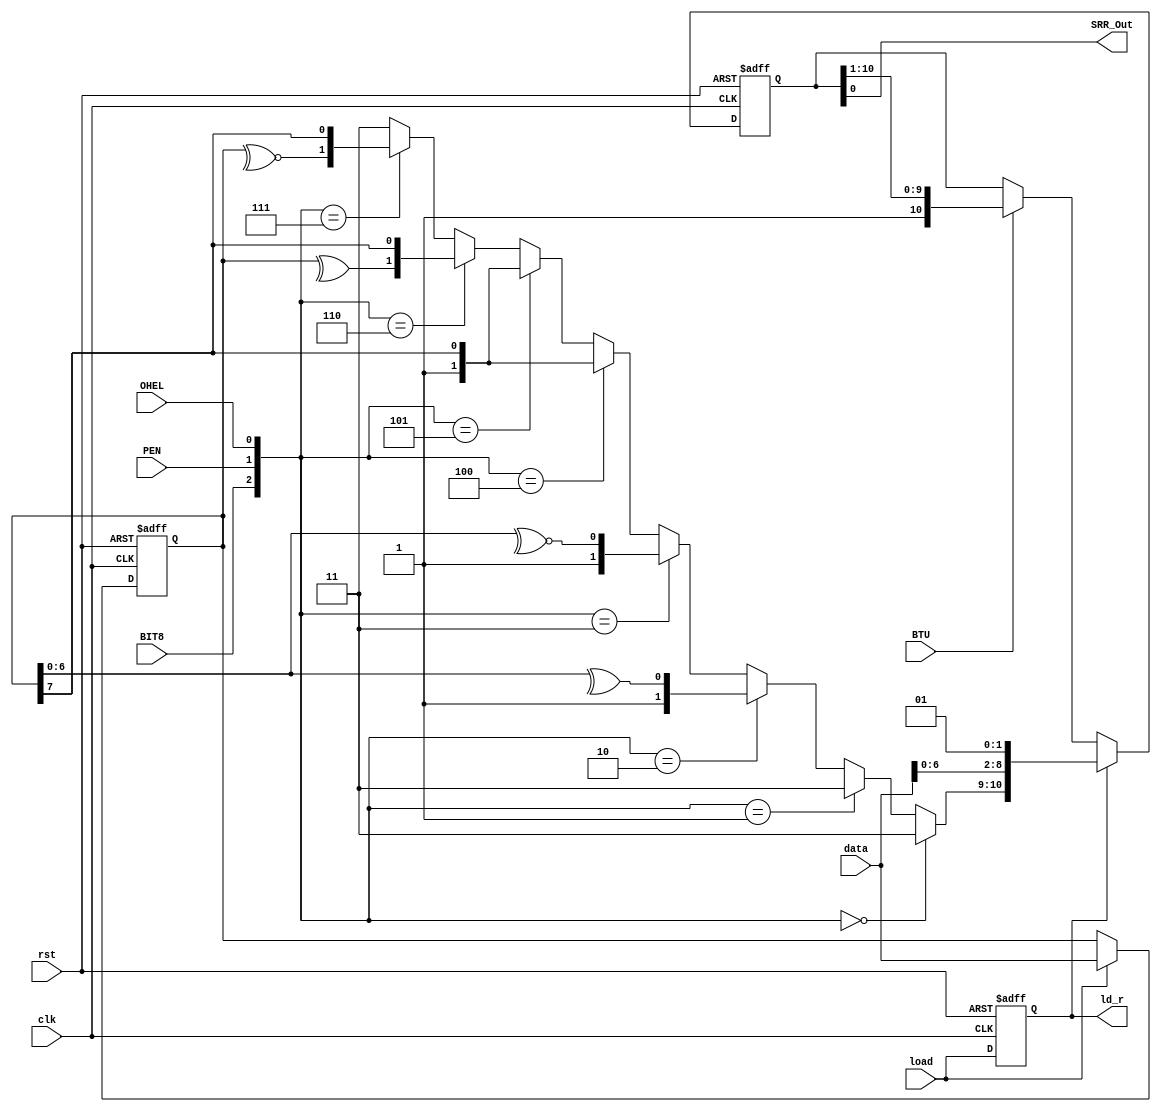
`timescale 1ns / 1ps
//****************************************************************//
//  This document contains information proprietary to the         //
//  CSULB student that created the file - any reuse without       //
//  adequate approval and documentation is prohibited             //
//                                                                //
//  Class: CECS 460												            //
//  Project name: LAB 2												         //
//                                                                //
//  Created by Harrison Fitch on 10/8/17.                         //
//  Copyright  2017 Harrison Fitch. All rights reserved.         //
//                                                                //
//  Abstract: Shift Register file for Transmit Engine. Contains 	//
//  the Shift Register, Load Register, and Data Register used in  //
//	 the transmitter. If load, the data being transmitted is loaded//
//	 into the shift register. In addition the configuration bits	//
//	 are used to create the 2-msb's and concatenated to the data.	//
//	 the sequence 2'b01 is concatenated to the LSB, creating the 	//
//	 transmitted data sequence.												//
//																						//
//  Edit history: 								 								//
//                                                                //
//  In submitting this file for class work at CSULB               //
//  I am confirming that this is my work and the work             //
//  of no one else.                                               //
//                                                                //
//  In the event other code sources are utilized I will           //
//  document which portion of code and who is the author          //
//                                                                //
// In submitting this code I acknowledge that plagiarism          //
// in student project work is subject to dismissal from the class //
//****************************************************************//
module TX_Shift_Reg(clk, rst, load, data, BTU, PEN, OHEL, BIT8, SRR_Out, ld_r);
	input			clk, rst, load, BTU, PEN, OHEL, BIT8;
	input	[7:0]	data;
	output		SRR_Out;
	output reg  ld_r;
	
	reg [7:0]	data_r;
	reg [10:0]	SRR;
	
	wire	[1:0]	fx;
	
	//MSB data assignment based on configuration bits BIT8, OHEL, and PEN
	assign fx =	({BIT8, PEN, OHEL} == 3'd0)	?					2'b11:
					({BIT8, PEN, OHEL} == 3'd1)	?					2'b11:
					({BIT8, PEN, OHEL} == 3'd2)	?	 	 {1'b1, ^data_r[6:0]}:
					({BIT8, PEN, OHEL} == 3'd3)	?		{1'b1, ~^data_r[6:0]}:
					({BIT8, PEN, OHEL} == 3'd4)	? 	  {1'b1, data_r[7]}:
					({BIT8, PEN, OHEL} == 3'd5)	? 	  {1'b1, data_r[7]}:
					({BIT8, PEN, OHEL} == 3'd6)	?	 {^data_r, data_r[7]}:
					({BIT8, PEN, OHEL} == 3'd7)	?	{~^data_r, data_r[7]}:
																				2'b11;
	//Shift Out Bit
	assign SRR_Out = SRR[0];
	
	always @(posedge clk, posedge rst)begin
		if(rst)begin
			ld_r <= 1'b0;
			data_r <= 8'b0;
			SRR <= 11'h7FF;
			end
		else begin
			//load register
			ld_r <= load;
			//data register
			if(load)
				data_r <= data;
			//load data into the shift register
			if(ld_r)
				SRR <= {fx, data[6:0], 2'b01};
			//shift out bits
			else if(BTU)
				SRR <= {1'b1, SRR} >> 1;
		end
	end
	
endmodule